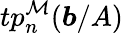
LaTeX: tp_{n}^{\mathcal{M}}({\boldsymbol{b}}/A)